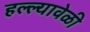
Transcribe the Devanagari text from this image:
हल्ल्यावेळी